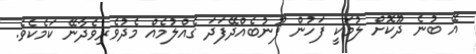
އޭ ބުނެ ދޫކޮށް ލުމަކީ ފަހުން ފޫނުބެއްދޭފަދަ ގެއްލުމެއް މެދުވެރިވެދާނޭ ކަމެކެވެ.